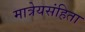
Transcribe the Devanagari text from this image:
मात्रेयसंहिता